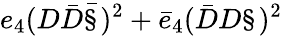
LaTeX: e_{4}(D\bar{D}\bar{\S})^{2}+\bar{e}_{4}(\bar{D}D\S)^{2}